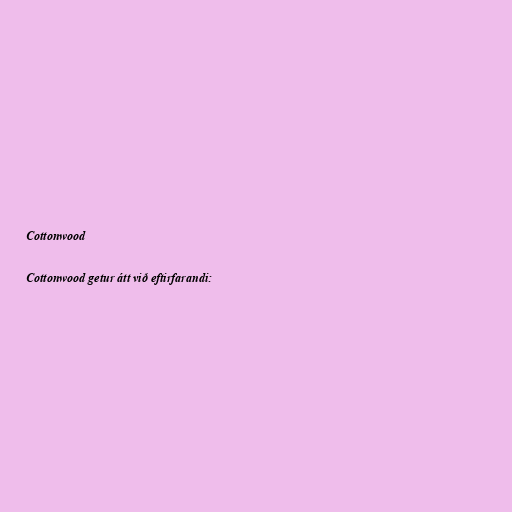
Cottonwood

Cottonwood getur átt við eftirfarandi: